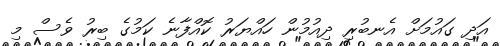
އަދި ގައުމަށް އެނބުރި ދިއުމުން ހައްޔަރު ކޮއްފާނެ ކަމުގެ ބިރު ވެސް މި